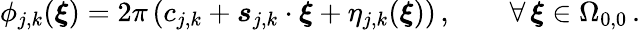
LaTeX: \phi_{j,k}(\boldsymbol{\xi})=2\pi\left(c_{j,k}+\boldsymbol{s}_{j,k}\cdot\boldsymbol{\xi}+\eta_{j,k}(\boldsymbol{\xi})\right)\, ,\qquad\forall\, \boldsymbol{\xi}\in\Omega_{0,0}\, .